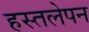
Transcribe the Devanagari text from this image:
हस्तलेपन